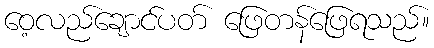
ဝေ့လည်ချောင်ပတ် ဖြေတန်ဖြေရသည်။